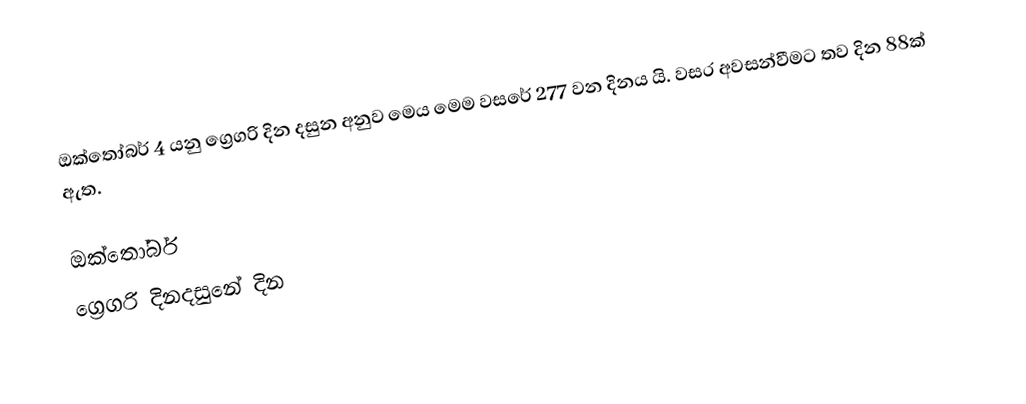
ඔක්තෝබර් 4 යනු ග්‍රෙගරි දින දසුන අනුව මෙය මෙම වසරේ 277 වන දිනය යි. වසර අවසන්වීමට තව දින 88ක් ඇත.

ඔක්තෝබර්
ග්‍රෙගරි දිනදසුනේ දින